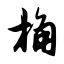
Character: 桷